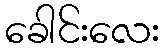
ခေါင်းလေး